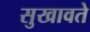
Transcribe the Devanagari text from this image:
सुखावते